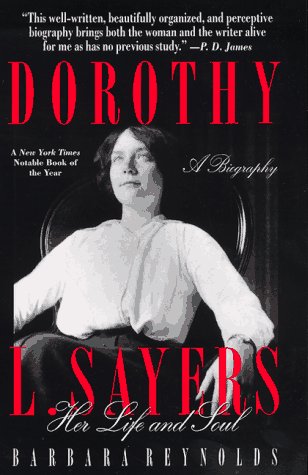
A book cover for Dorothy L. Sayers: Her Life and Soul; Barbara Reynolds; Mystery, Thriller & Suspense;